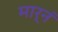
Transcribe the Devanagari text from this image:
मार्नं